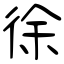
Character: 徐